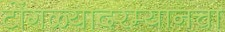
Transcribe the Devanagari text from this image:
टोंगळ्यादरम्यानचा